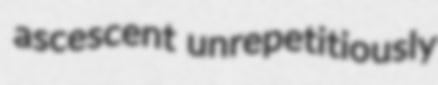
ascescent unrepetitiously